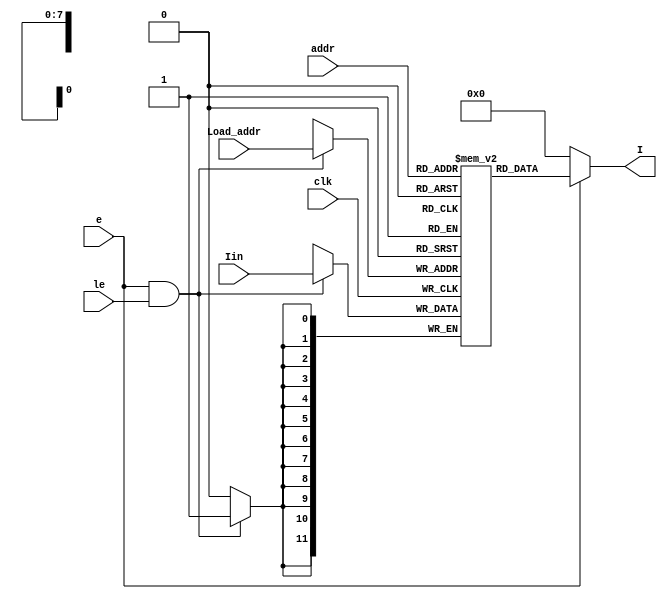
`timescale 1ns / 1ps
//////////////////////////////////////////////////////////////////////////////////
// Company: 
// Engineer: 
// 
// Design Name: 
// Module Name:    prog_mem 
// Project Name: 
// Target Devices: 
// Tool versions: 
// Description: 
//
// Dependencies: 
//
// Revision: 
// Revision 0.01 - File Created
// Additional Comments: 
//
//////////////////////////////////////////////////////////////////////////////////
  module prog_mem(
     input wire clk,
     input wire e , le,  //enable and load enable
	  input wire [7:0] addr, Load_addr,
	  input wire [11:0] Iin ,
	  output wire [11:0] I  //instruction out
    );
     reg [11:0] pmem [255:0];
	  
	  always @(posedge clk)
	   if( e == 1 & le == 1 )
		 pmem[Load_addr] <= Iin ;
		 
	  assign I = (e == 1) ? pmem[addr] : 0 ;
	  
  endmodule